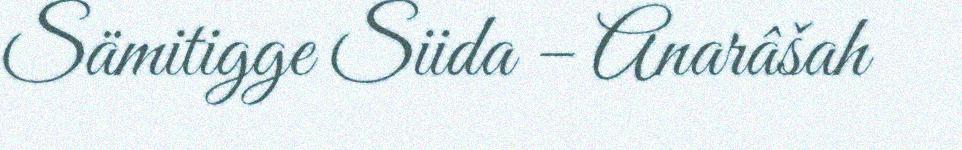
Sämitigge Siida – Anarâšah